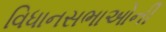
વિધાનસભાઓની